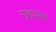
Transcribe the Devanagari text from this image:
उद्देश्यर